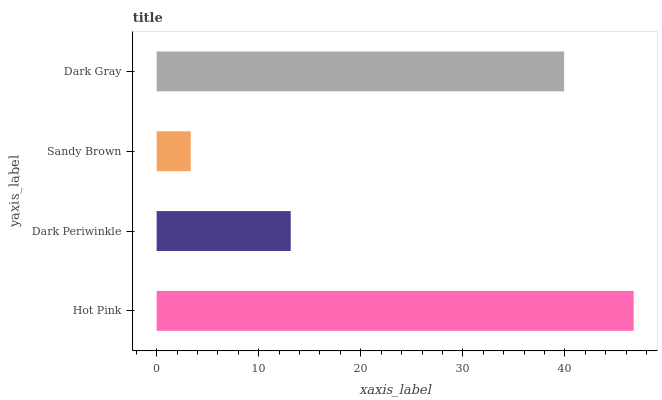
| yaxis_label | bars |
 | --- | --- |
 | Hot Pink | 46.7 |
 | Dark Periwinkle | 13.1 |
 | Sandy Brown | 3.34 |
 | Dark Gray | 39.9 |